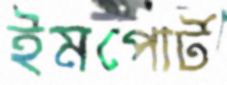
ইমপোর্ট